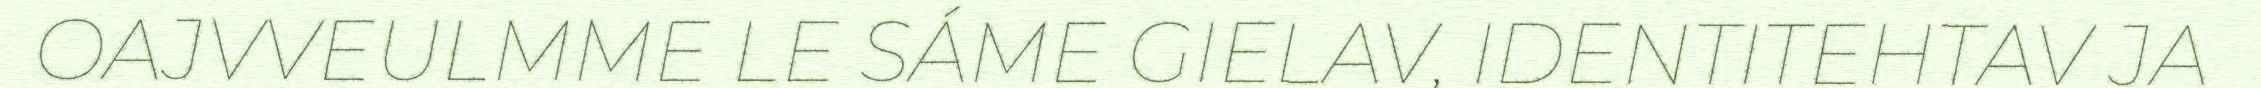
OAJVVEULMME LE SÁME GIELAV, IDENTITEHTAV JA